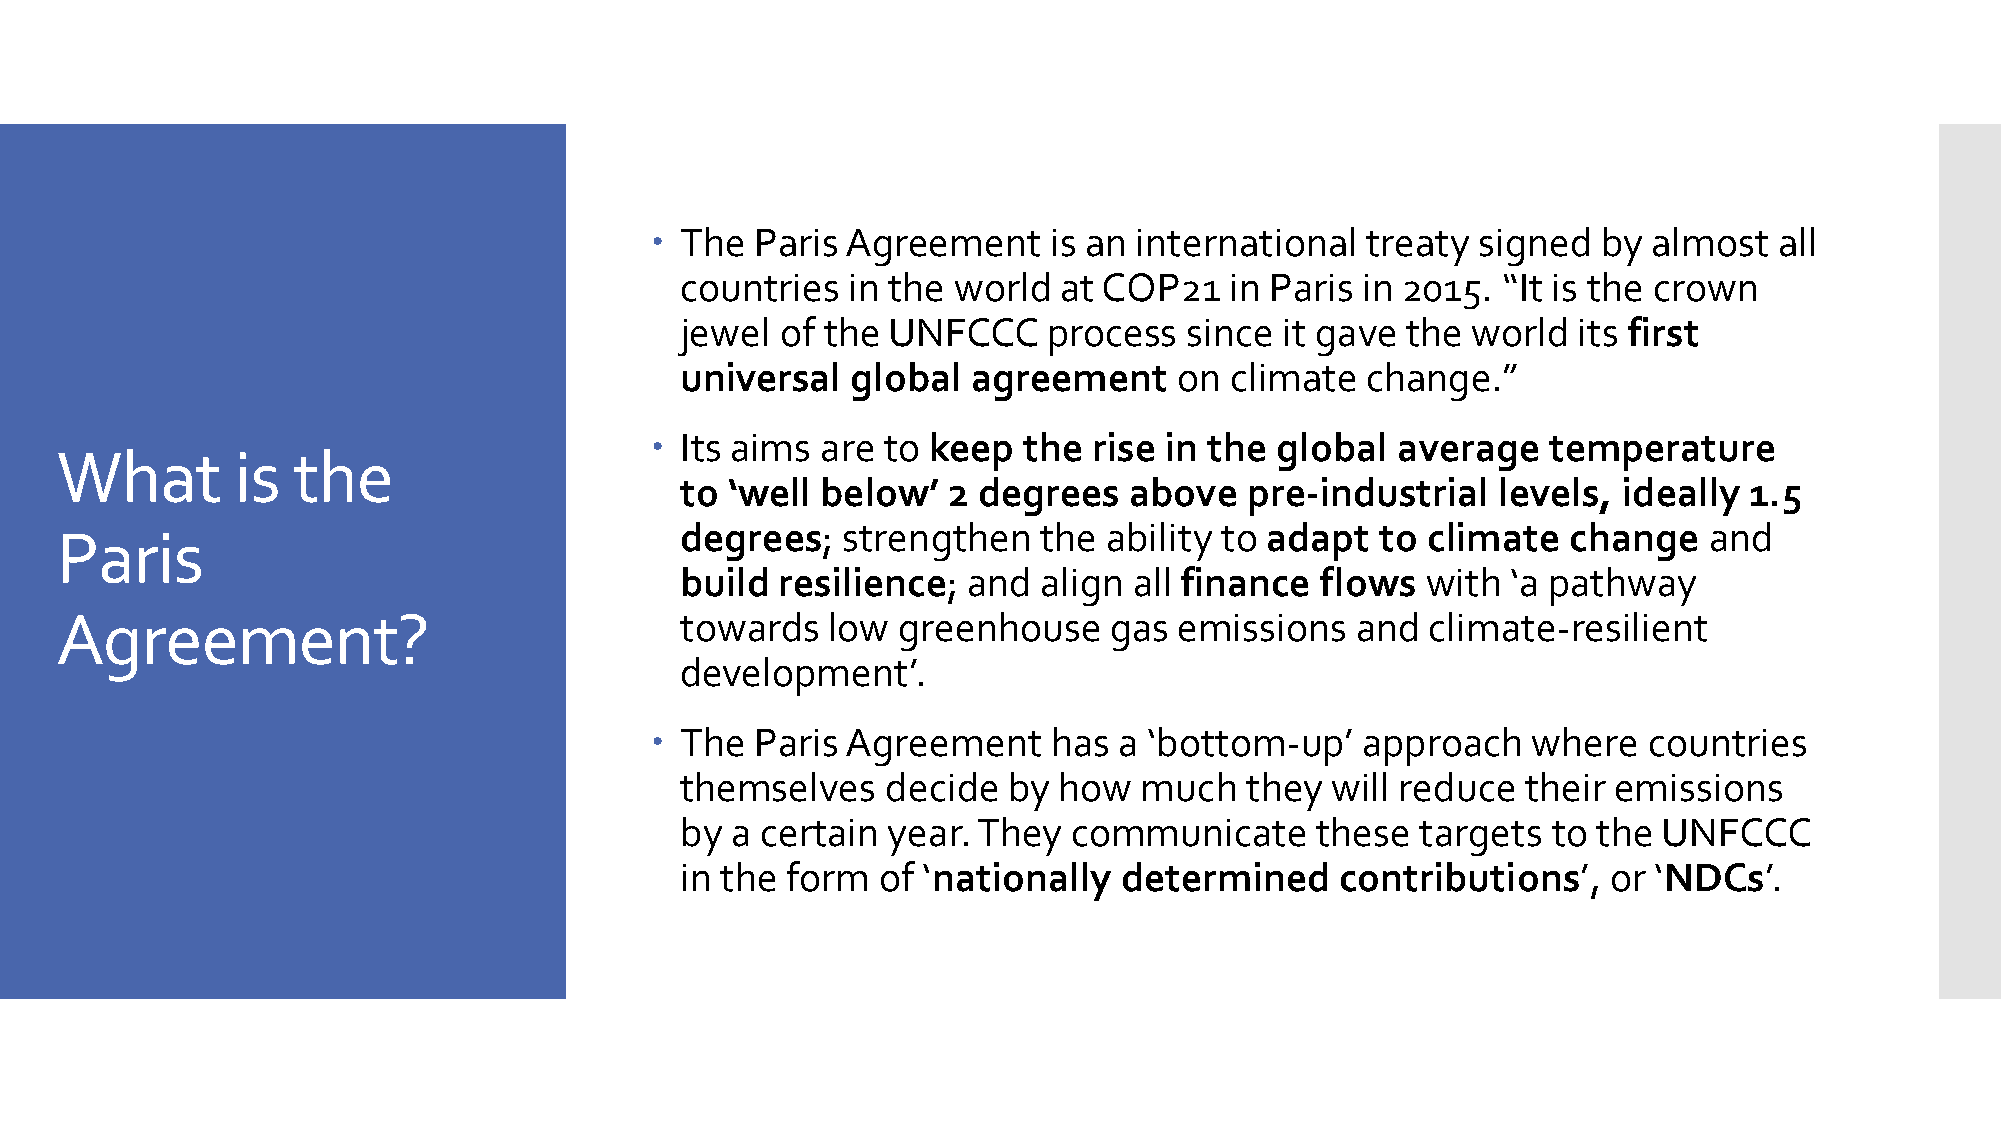
 The  Paris Agreement     is an international treaty  signed  by almost   all
 countries  in the world  at COP21   in Paris in 2015. “It is the crown
 jewel  of the UNFCCC    process   since it gave the world  its first
 universal  global  agreement     on climate  change.”
  Its aims are to keep   the rise in the  global average    temperature
 What       is  the
 to ‘well below’   2 degrees   above   pre-industrial  levels, ideally  1.5
 degrees;   strengthen   the ability to adapt  to climate   change   and
 Paris
 build  resilience; and  align all finance flows  with  ‘a pathway
 Agreement?                               towards   low greenhouse    gas  emissions   and  climate-resilient
 development’.
  The  Paris Agreement     has a ‘bottom-up’   approach   where   countries
 themselves    decide  by how   much  they  will reduce  their emissions
 by a certain  year. They  communicate     these  targets  to the UNFCCC
 in the form  of ‘nationally  determined     contributions’,   or ‘NDCs’.